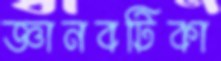
জ্ঞানবটিকা